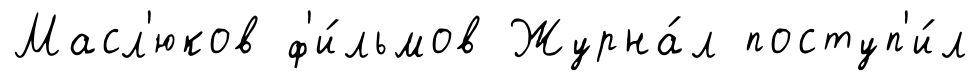
Масл'юков ф'и́льмов Журна́л поступ'и́л